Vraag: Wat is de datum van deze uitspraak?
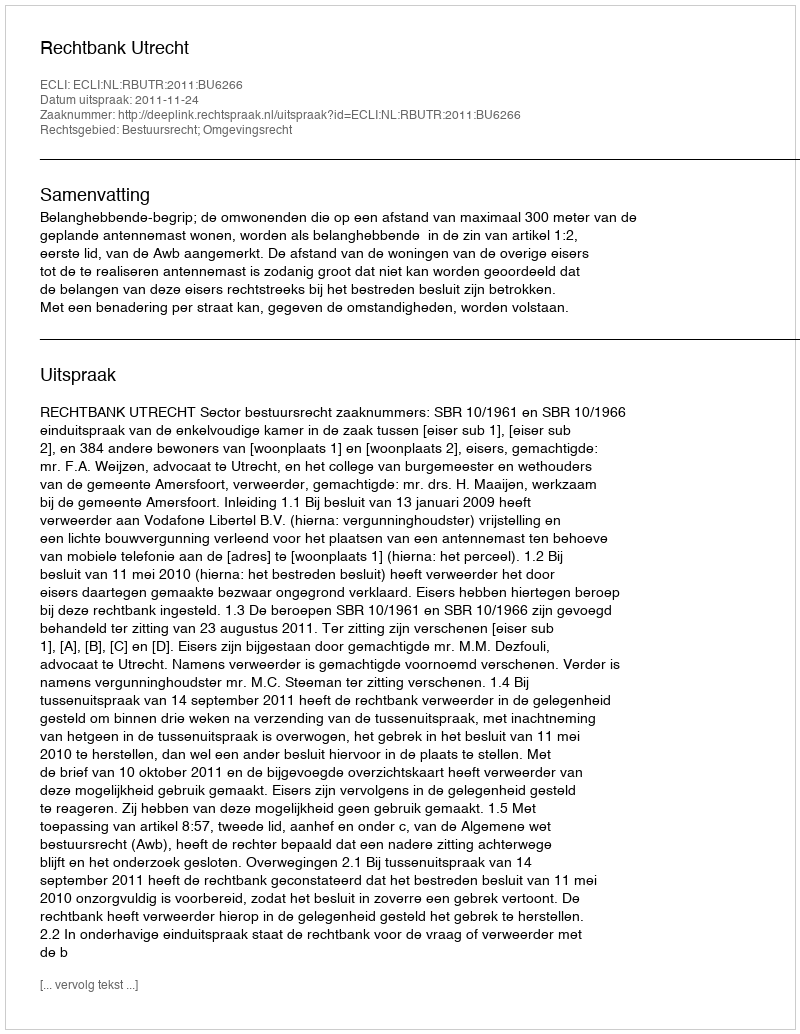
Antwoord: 2011-11-24